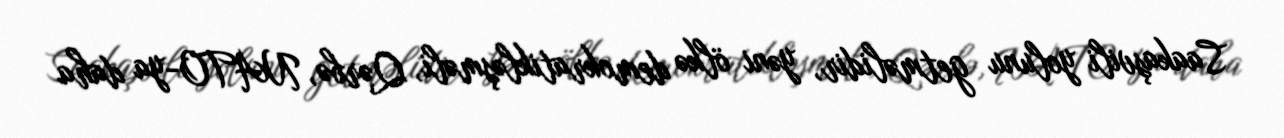
Saakaşvili yolunu getməlidir, yəni ölkə demokratikləşməli, Qərbə, NATO-ya daha